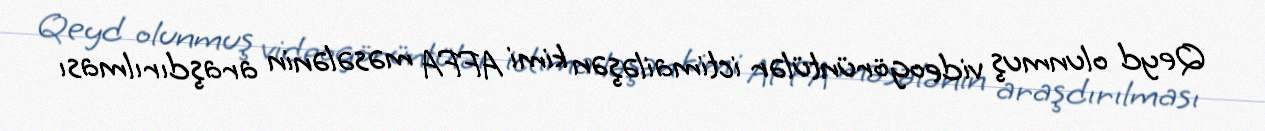
Qeyd olunmuş videogörüntülər ictimailəşən kimi AFFA məsələnin araşdırılması